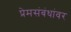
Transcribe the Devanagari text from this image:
प्रेमसंबंधांवर